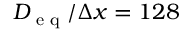
D _ { \textup { e q } } / \Delta x = 1 2 8